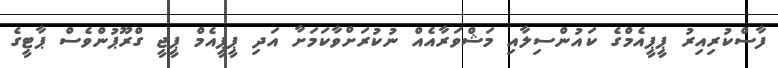
ފާސްކުރިއިރު ޕީޕީއެމްގެ ކައުންސިލާއި މަޝްވަރާއެއް ނުކުރަށްވާކަމަށާ އަދި ޕީޕީއެމް ޕީޖީ ގްރޫޕުންވެސް ޕާޓީގެ